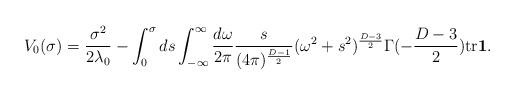
LaTeX: \begin{align*}V_{0}(\sigma)=\frac{\sigma^{2}}{2\lambda_{0}}- \int_{0}^{\sigma}ds\int_{-\infty}^{\infty}\frac{d\omega}{2\pi} \frac{s}{(4\pi)^{\frac{D-1}{2}}}(\omega^{2}+s^{2})^{\frac{D-3}{2}} \Gamma(-\frac{D-3}{2}) \mbox{tr}\mbox{\boldmath$1$}. \end{align*}